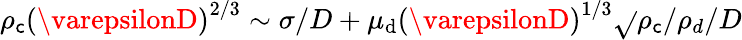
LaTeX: \rho_{\mathsf{c}}\left(\varepsilonD\right)^{2/3}\sim\sigma/D+\mu_{\mathrm{{d}}}\left(\varepsilonD\right)^{1/3}\sqrt{}{{\rho_{\mathsf{c}}/\rho_{d}}}/D